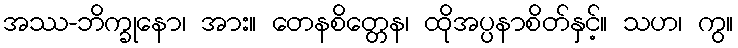
အဿ-ဘိက္ခုနော၊ အား။ တေနစိတ္တေန၊ ထိုအပ္ပနာစိတ်နှင့်။ သဟ၊ ကွ။